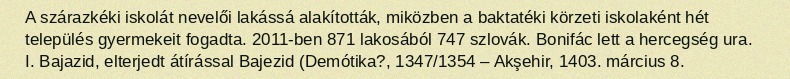
A szárazkéki iskolát nevelői lakássá alakították, miközben a baktatéki körzeti iskolaként hét település gyermekeit fogadta. 2011-ben 871 lakosából 747 szlovák. Bonifác lett a hercegség ura. I. Bajazid, elterjedt átírással Bajezid (Demótika?, 1347/1354 – Akşehir, 1403. március 8.